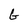
Character: G